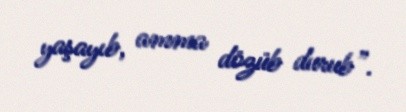
yaşayıb, amma dözüb durub”.